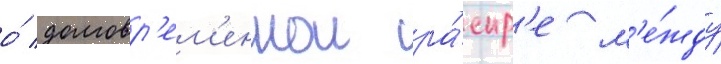
о́ долговр'ем'еннои ра́спр'е м'е́жду